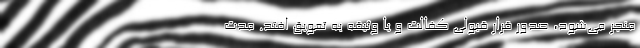
منجر می‌شود، صدور قرار قبولی کفالت و یا وثیقه به تعویق افتد. مدت